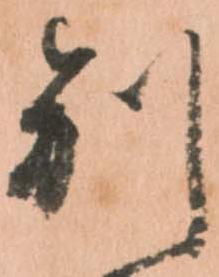
別